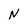
Character: N